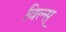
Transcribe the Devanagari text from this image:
विल्स्